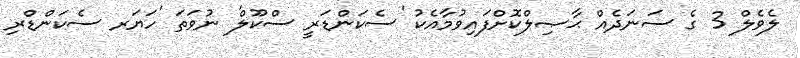
ލެވެލް 3 ގެ ސަނަދެއް ޙާޞިލްކޮށްފައިވުމާއެކު 'ސެކަންޑަރީ ސްކޫލް' ނުވަތަ 'ހަޔަރ ސެކަންޑްރި